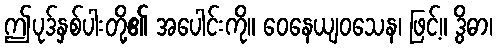
ဤပုဒ်နှစ်ပါးတို့၏ အပေါင်းကို။ ဝေနေယျဝသေန၊ ဖြင့်။ ဒွိဓာ၊